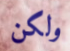
ولكن